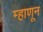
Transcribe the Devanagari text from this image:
म्हाणून